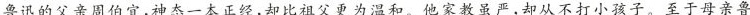
鲁迅的父亲周伯宜,神态一本正经,却比祖父更为温和。他家教虽严,却从不打小孩子。至于母亲鲁